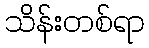
သိန်းတစ်ရာ